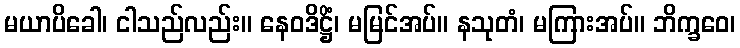
မယာပိခေါ၊ ငါသည်လည်း။ နေဝဒိဋ္ဌိံ၊ မမြင်အပ်။ နသုတံ၊ မကြားအပ်။ ဘိက္ခဝေ၊